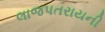
લાજપતરાયની